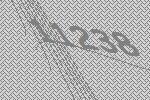
11238